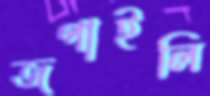
জপাইলি